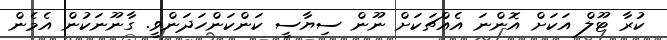
ކުރާ ޓޫލް އަކަށް އޮންނަ އެއްޗަކަށް ނޫން ސިޔާސީ ކަންކަންހަދަންވީ. ގާނޫނަކުން އެމެން